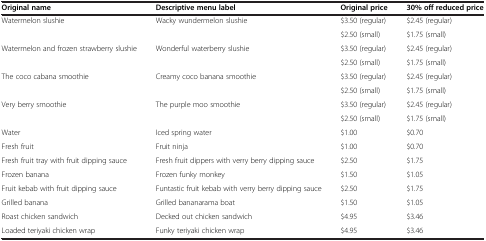
<table><thead><tr><td><b>Original name</b></td><td><b>Descriptive menu label</b></td><td><b>Original price</b></td><td><b>30% off reduced price</b></td></tr></thead><tbody><tr><td rowspan="2">Watermelon slushie</td><td rowspan="2">Wacky wundermelon slushie</td><td>$3.50 (regular)</td><td>$2.45 (regular)</td></tr><tr><td>$2.50 (small)</td><td>$1.75 (small)</td></tr><tr><td rowspan="2">Watermelon and frozen strawberry slushie</td><td rowspan="2">Wonderful waterberry slushie</td><td>$3.50 (regular)</td><td>$2.45 (regular)</td></tr><tr><td>$2.50 (small)</td><td>$1.75 (small)</td></tr><tr><td rowspan="2">The coco cabana smoothie</td><td rowspan="2">Creamy coco banana smoothie</td><td>$3.50 (regular)</td><td>$2.45 (regular)</td></tr><tr><td>$2.50 (small)</td><td>$1.75 (small)</td></tr><tr><td rowspan="2">Very berry smoothie</td><td rowspan="2">The purple moo smoothie</td><td>$3.50 (regular)</td><td>$2.45 (regular)</td></tr><tr><td>$2.50 (small)</td><td>$1.75 (small)</td></tr><tr><td>Water</td><td>Iced spring water</td><td>$1.00</td><td>$0.70</td></tr><tr><td>Fresh fruit</td><td>Fruit ninja</td><td>$1.00</td><td>$0.70</td></tr><tr><td>Fresh fruit tray with fruit dipping sauce</td><td>Fresh fruit dippers with verry berry dipping sauce</td><td>$2.50</td><td>$1.75</td></tr><tr><td>Frozen banana</td><td>Frozen funky monkey</td><td>$1.50</td><td>$1.05</td></tr><tr><td>Fruit kebab with fruit dipping sauce</td><td>Funtastic fruit kebab with verry berry dipping sauce</td><td>$2.50</td><td>$1.75</td></tr><tr><td>Grilled banana</td><td>Grilled bananarama boat</td><td>$1.50</td><td>$1.05</td></tr><tr><td>Roast chicken sandwich</td><td>Decked out chicken sandwich</td><td>$4.95</td><td>$3.46</td></tr><tr><td>Loaded teriyaki chicken wrap</td><td>Funky teriyaki chicken wrap</td><td>$4.95</td><td>$3.46</td></tr></tbody></table>